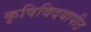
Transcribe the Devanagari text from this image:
कृषिविदयापीठ